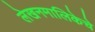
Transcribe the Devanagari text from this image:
लेखनमालिकेचे